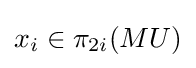
x_{i}\in \pi _{2i}(MU)